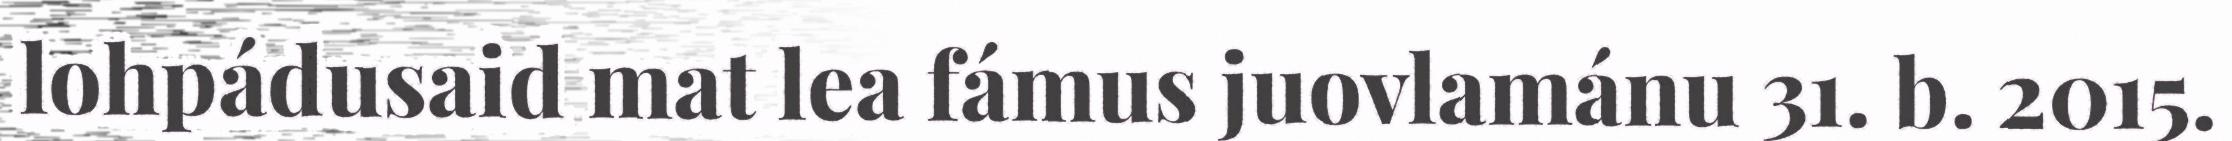
lohpádusaid mat lea fámus juovlamánu 31. b. 2015.